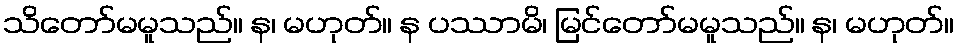
သိတော်မမူသည်။ န၊ မဟုတ်။ န ပဿာမိ၊ မြင်တော်မမူသည်။ န၊ မဟုတ်။